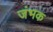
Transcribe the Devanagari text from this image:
जंभक